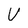
Character: V